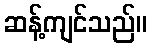
ဆန့်ကျင်သည်။